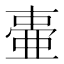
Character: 𬻫